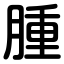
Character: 腫